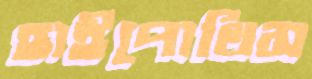
হাইপোথিস